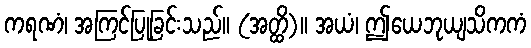
ကရဏံ၊ အကြင်ပြုခြင်းသည်။ (အတ္ထိ)။ အယံ၊ ဤယေဘုယျသိကကံ